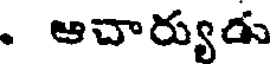
. ఆచార్యుడు